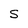
Character: S